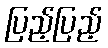
ပြည့်ပြည့်